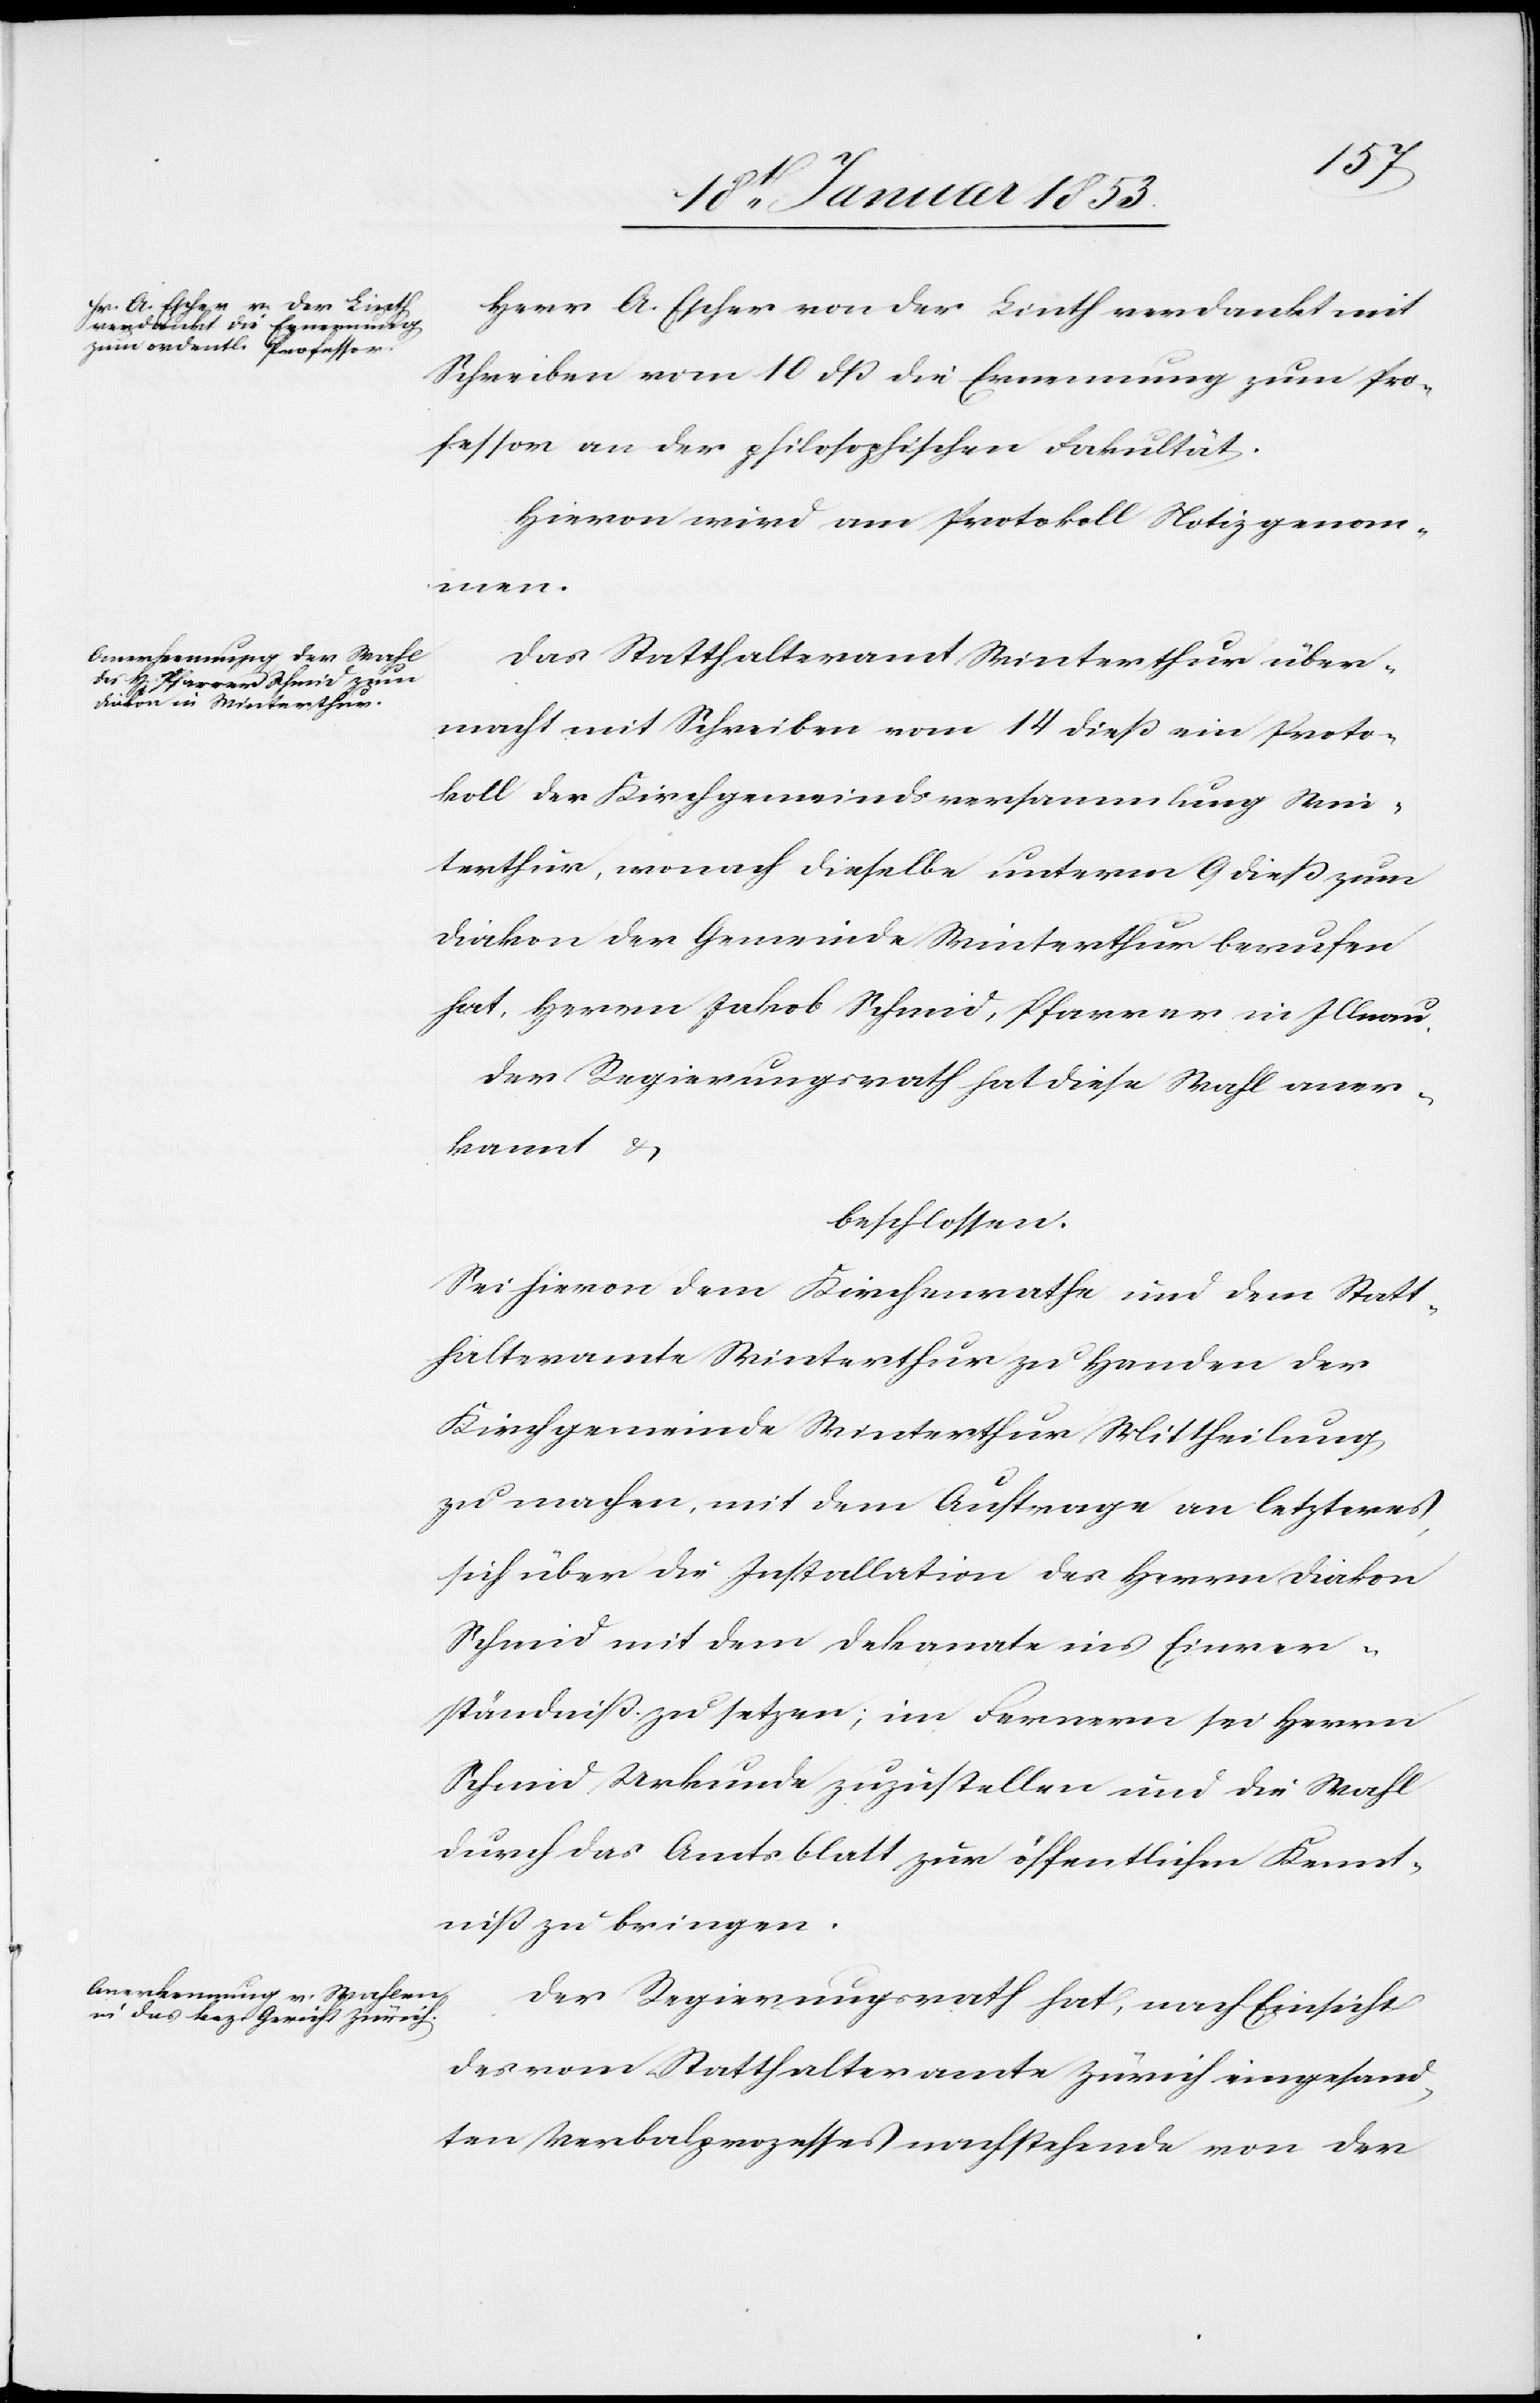
Herrn A. Escher von der Linth verdankt mit
Schreiben vom 10 dß die Ernennung zum Pro¬
fessoren an der philosophischen Fakultät.
Hievon wird am Protokoll Notiz genom¬
men.
Das Statthalteramt Winterthur über¬
macht mit Schreiben vom 14 dieß ein Proto¬
koll der Kirchgemeindsversammlung Win¬
terthur, wonach dieselbe unterm 9 dieß zum
Diakon der Gemeinde Winterthur berufen
hat, Herrn Jakob Schmid, Pfarrer in Illnau.
Der Regierungsrath hat diese Wahl aner¬
kannt u.
beschlossen.
Sei hievon dem Kirchenrathe und dem Statt¬
halteramte Winterthur zu Handen der
Kirchgemeinde Winterthur Mittheilung
zu machen, mit dem Auftrage an letzteres
sich über die Installation des Herrn Diakon
Schmid mit dem Dekanate ins Einver¬
ständniß zu setzen, im Fernern sei Herrn
Schmid Urkunde zuzustellen und die Wahl
durch das Amtsblatt zur öffentlichen Kennt¬
niß zu bringen.
Der Regierungsrath hat, nach Einsicht
des vom Statthalteramte Zürich eingesand¬
ten Verbalprozesses nachstehende von der